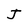
Character: J